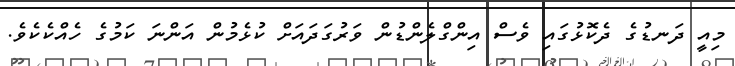
މިއީ ދަނޑުގެ ދެކޮޅުގައި ވެސް އިންގްލެންޑުން ވަރުގަދައަށް ކުޅެމުން އަންނަ ކަމުގެ ހެއްކެކެވެ.